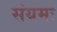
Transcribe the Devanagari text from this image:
संयमः